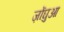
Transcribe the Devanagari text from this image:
ज़ोंघुआ